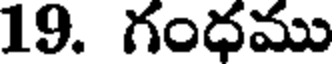
19. గంధము